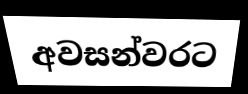
අවසන්වරට